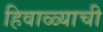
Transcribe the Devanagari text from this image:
हिवाळ्याची